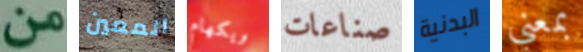
من المعين ويكهام صناعات البدنية بمعني